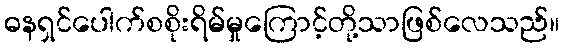
ဓနရှင်ပေါက်စစိုးရိမ်မှုကြောင့်တို့သာဖြစ်လေသည်။